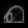
Digit: ၈